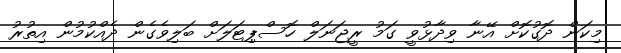
މިކަން ދޮގުކޮށް އޭނާ ވިދާޅުވީ ގަމު ރީޖަނަލް ހޮސްޕިޓަލަށް ބަލިވެގެން ދެއްކުމުން އިތުރު